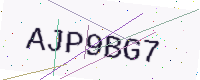
Text: AJP9BG7